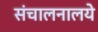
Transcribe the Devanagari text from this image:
संचालनालये